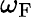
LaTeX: \omega_{\mathrm{{F}}}